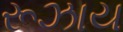
રૂઝાય